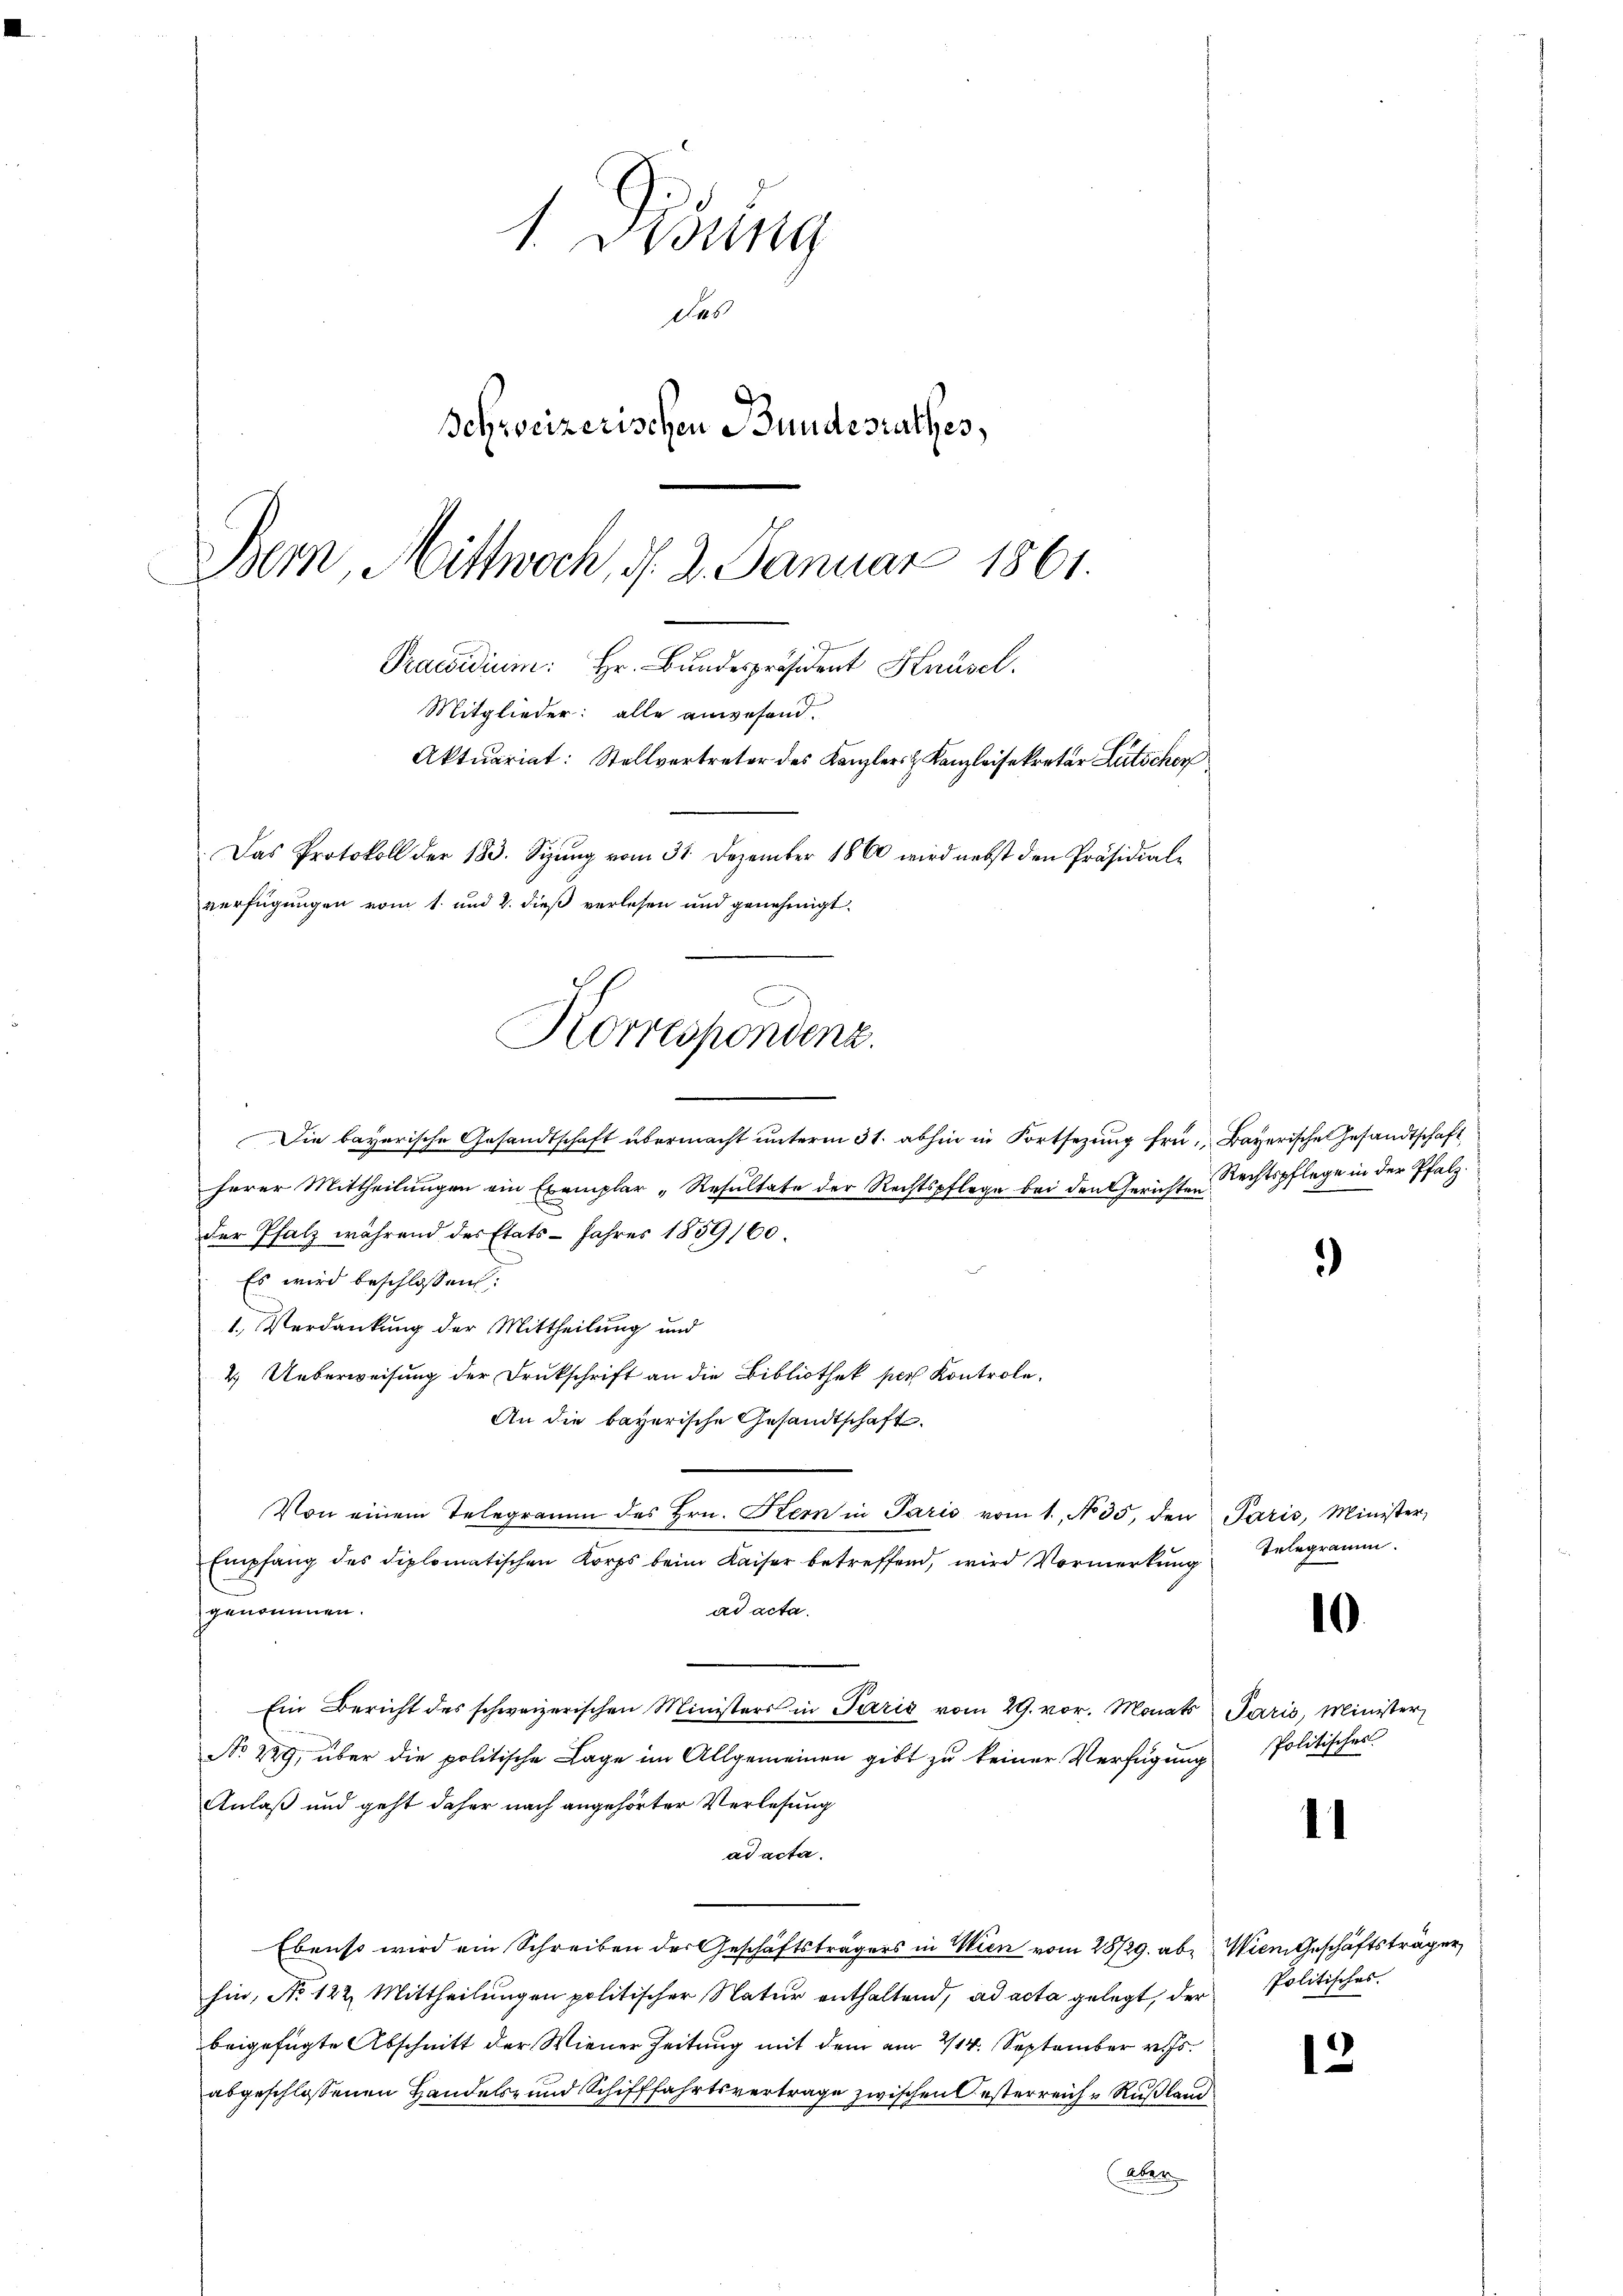
Korrespondenz.

1 Disung
des
Schweizerischen Bundesrathes,
Bern, Mittwoch, d. 2. Januar 1861.
Praesidium: Hr. Bundespräsident Knüsel.
Mitglieder: alle anwesend.
Aktuariat: Stellvertreter des Kanzlers u. Kanzleisekretär Lütschen
Das Protokoll der 183. Sizŭng vom 31. Dezember 1860 wird nebst den Präsidial-
verfügungen vom 1. und 2. dieß verlesen und genehmigt.

Die bayerische Gesandtschaft übermacht unterm 31. abhin in Fortsezung fü Bayerische Gesandtschaft
herer Mittheilungen ein Exemplar „Resultate der Rechtspflege bei den Gerichten
der Pfalz während des Etats Jahres 1859/60.
Es wird beschlossen:
1. Verdankung der Mittheilung und
2.) Ueberweisung der Drukschrift an die Bibliothek pers Kontrole.
An die bayerische Gesandtschaft.
Von einem Telegramm des Hrn. Kern in Paris vom 1. No. 35, den Paris, Minister,
Empfang des diplomatischen Korps beim Kaiser betreffend, wird Vormerkŭng
genommen.
ad acta.
Ein Bericht des schweizerischen Ministers in Paris vom 29. vor. Monats Paris, Minister
No 229, über die politische Lage im Allgemeinen gibt zu keiner Verfügung Politischer
Anlaß und geht daher nach angehörter Verlesung
ad acta.
Ebenso wird ein Schreiben der Geschäftsträgers in Wien vom 28/29. ab. Wien Geschäftsträger
hin, No 122. Mittheilungen politischer Natur enthaltend, ad acta gelegt, der
beigefügte Abschnitt der Wiener Zeitung mit dem am 214. September v. Js.
abgeschlossenen Handels- und Schifffahrtsvertrage zwischen Oesterreiche Rußland
(aber

Rechtspflege in der Pfalz.

Telegramm.

Politisches.

)

10

l

13